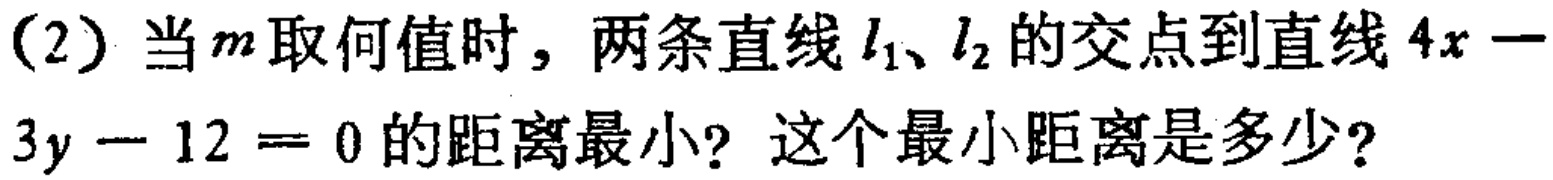
(2) 当$m$取何值时，两条直线$l_{1}$、$l_{2}$的交点到直线$4x - 3y - 12 = 0$的距离最小？这个最小距离是多少？